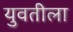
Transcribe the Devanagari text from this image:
युवतीला